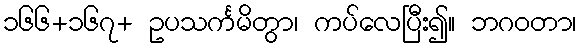
၁၆၆+၁၆၇+ ဥပသင်္ကမိတွာ၊ ကပ်လေပြီး၍။ ဘဂဝတာ၊